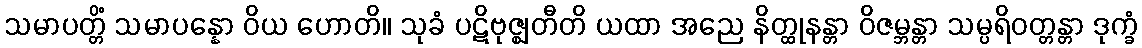
သမာပတ္တိံ သမာပန္နော ဝိယ ဟောတိ။ သုခံ ပဋိဗုဇ္ဈတီတိ ယထာ အညေ နိတ္ထုနန္တာ ဝိဇမ္ဘန္တာ သမ္ပရိဝတ္တန္တာ ဒုက္ခံ